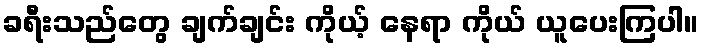
ခရီးသည်တွေ ချက်ချင်း ကိုယ့် နေရာ ကိုယ် ယူပေးကြပါ။